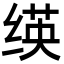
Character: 绬